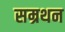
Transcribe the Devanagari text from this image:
सम्रथन